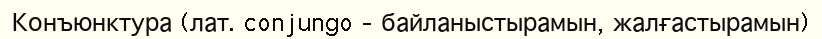
Конъюнктура (лат. conjungo – байланыстырамын, жалғастырамын)